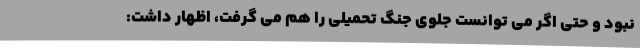
نبود و حتی اگر می توانست جلوی جنگ تحمیلی را هم می گرفت، اظهار داشت: